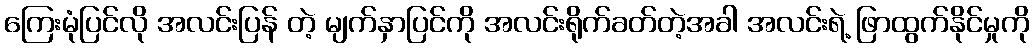
ကြေးမုံပြင်လို အလင်းပြန် တဲ့ မျက်နှာပြင်ကို အလင်းရိုက်ခတ်တဲ့အခါ အလင်းရဲ့ ဖြာထွက်နိုင်မှုကို